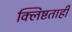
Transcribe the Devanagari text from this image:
क्लिष्टताही